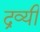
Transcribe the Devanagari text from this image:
द्रव्यी